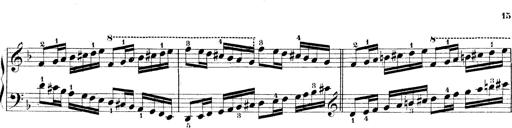
Title: Technische Studien
Composer: Franz Liszt